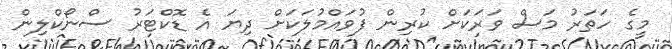
މީގެ ހަތަރު މަސް ވަރަކަށް ކުރިން ފުވައްމުލަކަށް ދިޔަ އެ ޑޮކްޓަރު ސްނޯކްލިން